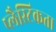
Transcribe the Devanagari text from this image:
प्लैस्टिकता